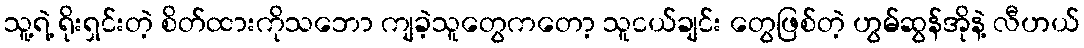
သူ့ရဲ့ ရိုးရှင်းတဲ့ စိတ်ထားကိုသဘော ကျခဲ့သူတွေကတော့ သူငယ်ချင်း တွေဖြစ်တဲ့ ဟွမ်ဆွန်အိုနဲ့ လီဟယ်